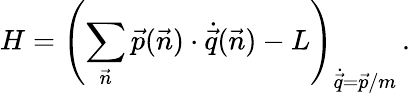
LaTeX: H=\left(\sum_{\vec{n}}\vec{p}(\vec{n})\cdot\dot{\vec{q}}(\vec{n})-L\right)_{\dot{\vec{q}}=\vec{p}/m}\, .